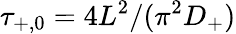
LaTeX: \tau_{+,0}=4L^{2}/(\pi^{2}D_{+})